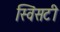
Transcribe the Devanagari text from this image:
स्विंसटी